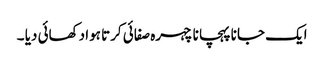
ایک جانا پہچانا چہرہ صفائی کرتا ہوا دکھائی دیا ۔